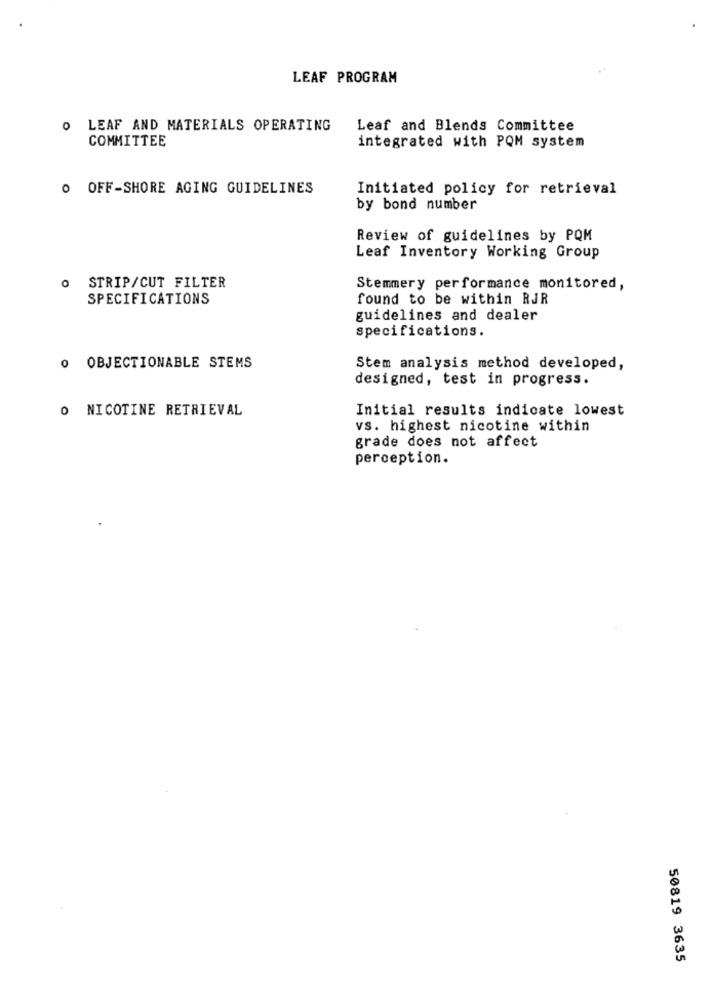
LEAF PROGRAM
O LEAF AND MATERIALS OPERATING
Leaf and Blends Committee
COMMITTEE
integrated with PQM system
O OFF-SHORE AGING GUIDELINES
Initiated policy for retrieval
by bond number
Review of guidelines by PQM
Leaf Inventory Working Group
STRIP/CUT FILTER
Stemmery performance monitored,
SPECIFICATIONS
found to be within RJR
guidelines and dealer
specifications.
O OBJECTIONABLE STEMS
Stem analysis method developed,
designed, test in progress.
O NICOTINE RETRIEVAL
Initial results indicate lowest
vs. highest nicotine within
grade does not affect
perception.
50819 3635